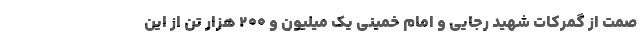
صمت از گمرکات شهید رجایی و امام خمینی یک میلیون و ۲۰۰ هزار تن از این